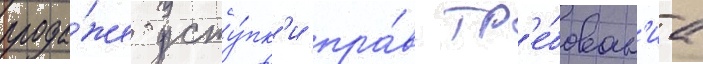
прода́же усту́пк'и пра́в тр'е́бован'иа